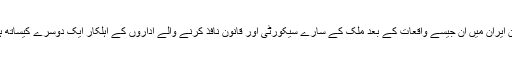
انہوں نے مزید کہا کہ اس طرح کے واقعات دنیا کے کسی بھی کونے میں وقوع پذیر ہوتے ہیں لیکن ایران میں ان جیسے واقعات کے بعد ملک کے سارے سیکورٹی اور قانون نافذ کرنے والے اداروں کے اہلکار ایک دوسرے کیساتھ ہم آہنگی سے ان واقعات میں ملوث عناصر کی شناخت اور گرفتاری کیلئے فوری اقدامات کریں گے۔